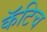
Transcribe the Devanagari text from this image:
कॅटिच